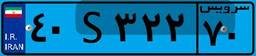
۹۴S۶۹۳۵۱